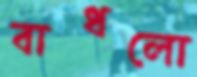
বাধলো